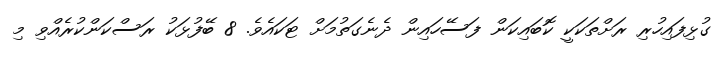
ގުޅިފައިހުރި ރަށްތަކަކީ ކޮބައިކަން ފަސޭހައިން ދެނެގަތުމަށް ޓަކައެވެ. 8 ބޭފުޅަކު ރަސްކަންކުރެއްވި މި